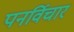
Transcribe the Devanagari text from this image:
पनर्विचार